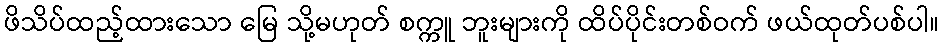
ဖိသိပ်ထည့်ထားသော မြေ သို့မဟုတ် စက္ကူ ဘူးများကို ထိပ်ပိုင်းတစ်ဝက် ဖယ်ထုတ်ပစ်ပါ။